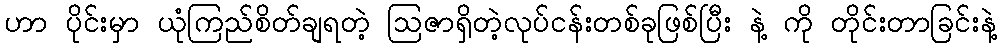
ဟာ ပိုင်းမှာ ယုံကြည်စိတ်ချရတဲ့ ဩဇာရှိတဲ့လုပ်ငန်းတစ်ခုဖြစ်ပြီး နဲ့ ကို တိုင်းတာခြင်းနဲ့